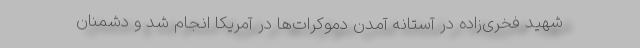
شهید فخری‌زاده در آستانه آمدن دموکرات‌ها در آمریکا انجام شد و دشمنان